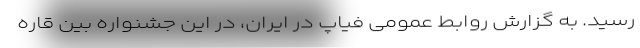
رسید. به گزارش روابط عمومی فیاپ در ایران، در این جشنواره بین قاره